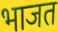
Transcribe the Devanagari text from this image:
भाजत